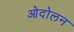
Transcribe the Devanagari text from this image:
ओदोलन